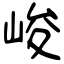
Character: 峻